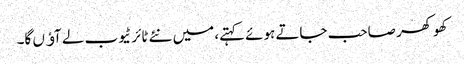
کھوکھر صاحب جاتے ہوئے کہتے، میں نئے ٹائر ٹیوب لے آﺅں گا۔